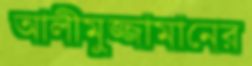
আলীমুজ্জামানের